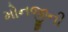
મોનજીની